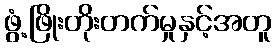
ဖွံ့ဖြိုးတိုးတက်မှုနှင့်အတူ